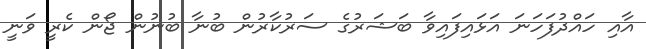
އާއި ހައްދުފަހަނަ އަޅައިފައިވާ ބަޝަރުގެ ސަރުކާރުން ބުނާ ބުނުން ޖޯން ކެރީ ވަނީ